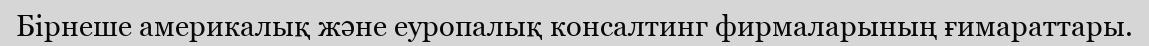
Бірнеше америкалық және еуропалық консалтинг фирмаларының ғимараттары.